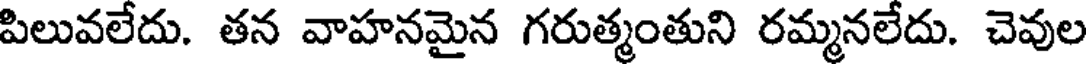
పిలువలేదు. తన వాహనమైన గరుత్మంతుని రమ్మనలేదు. చెవుల